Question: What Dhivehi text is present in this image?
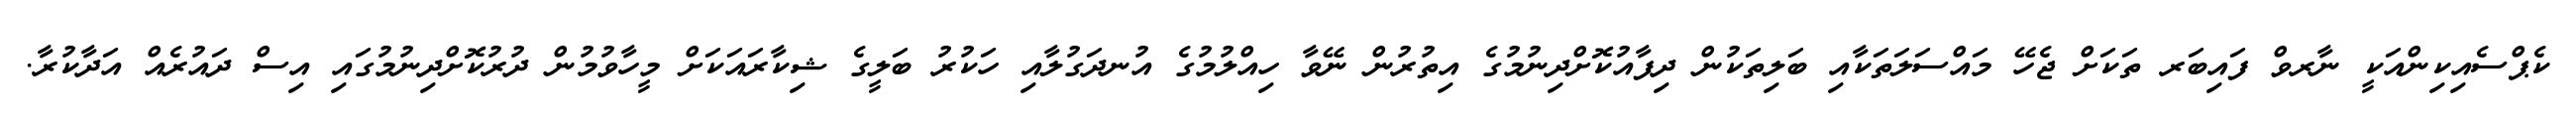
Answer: ކެޕްސެއިކިންއަކީ ނާރވް ފައިބަރ ތަކަށް ޖެހޭ މައްސަލަތަކާއި ބަލިތަކުން ދިފާއުކޮށްދިނުމުގެ އިތުރުން ނޭވާ ހިއްލުމުގެ އުނދަގުލާއި ހަކުރު ބަލީގެ ޝިކާރައަކަށް މީހާވުމުން ދުރުކޮށްދިނުމުގައި އިސް ދައުރެއް އަދާކުރާ.